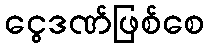
ငွေဒဏ်ဖြစ်စေ